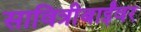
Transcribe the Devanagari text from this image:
सावित्रीबाईंवर